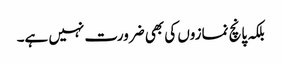
بلکہ پانچ نمازوں کی بھی ضرورت نہیں ہے۔